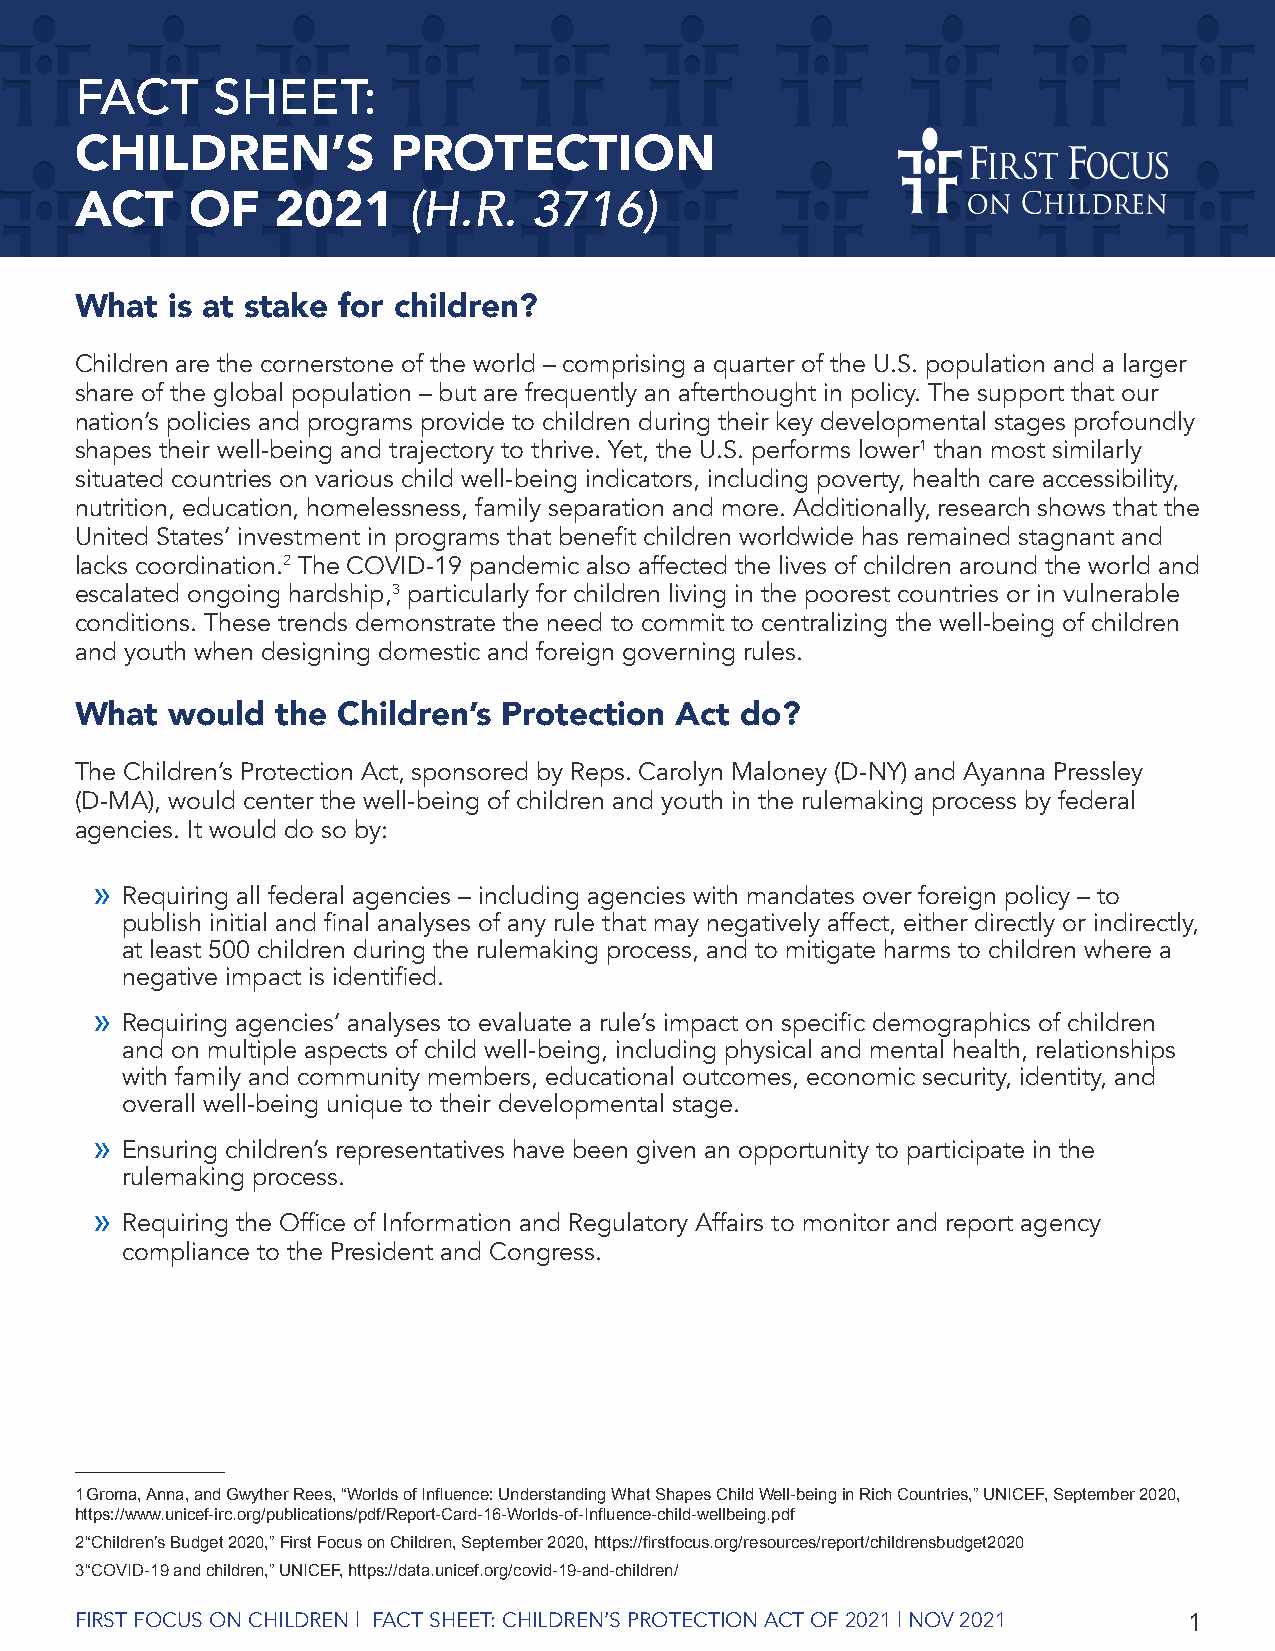
FACT     SHEET:
 CHILDREN’S           PROTECTION
 (H.R.   3716)
 ACT     OF   2021
 What  is at stake for children?
 Children are the cornerstone of the world – comprising a quarter of the U.S. population and a larger
 share of the global population – but are frequently an afterthought in policy. The support that our
 nation’s policies and programs provide to children during their key developmental stages profoundly
 shapes their well-being and trajectory to thrive. Yet, the U.S. performs lower1 than most similarly
 situated countries on various child well-being indicators, including poverty, health care accessibility,
 nutrition, education, homelessness, family separation and more. Additionally, research shows that the
 United States’ investment in programs that benefit children worldwide has remained stagnant and
 lacks coordination.2 The COVID-19 pandemic also affected the lives of children around the world and
 escalated ongoing hardship,3 particularly for children living in the poorest countries or in vulnerable
 conditions. These trends demonstrate the need to commit to centralizing the well-being of children
 and youth when designing domestic and foreign governing rules.
 What  would  the Children’s Protection  Act do?
 The Children’s Protection Act, sponsored by Reps. Carolyn Maloney (D-NY) and Ayanna Pressley
 (D-MA), would center the well-being of children and youth in the rulemaking process by federal
 agencies. It would do so by:
 »
 Requiring all federal agencies – including agencies with mandates over foreign policy – to
 publish initial and final analyses of any rule that may negatively affect, either directly or indirectly,
 at least 500 children during the rulemaking process, and to mitigate harms to children where a
 negative impact is identified.
 »
 Requiring agencies’ analyses to evaluate a rule’s impact on specific demographics of children
 and on multiple aspects of child well-being, including physical and mental health, relationships
 with family and community members, educational outcomes, economic security, identity, and
 overall well-being unique to their developmental stage.
 »
 Ensuring children’s representatives have been given an opportunity to participate in the
 rulemaking process.
 »
 Requiring the Office of Information and Regulatory Affairs to monitor and report agency
 compliance to the President and Congress.
 1 Groma, Anna, and Gwyther Rees, “Worlds of Influence: Understanding What Shapes Child Well-being in Rich Countries,” UNICEF, September 2020,
 https://www.unicef-irc.org/publications/pdf/Report-Card-16-Worlds-of-Influence-child-wellbeing.pdf
 2 “Children’s Budget 2020,” First Focus on Children, September 2020, https://firstfocus.org/resources/report/childrensbudget2020
 3 “COVID-19 and children,” UNICEF, https://data.unicef.org/covid-19-and-children/
 FIRST FOCUS ON CHILDREN | FACT SHEET: CHILDREN’S PROTECTION ACT OF 2021 | NOV 2021 1